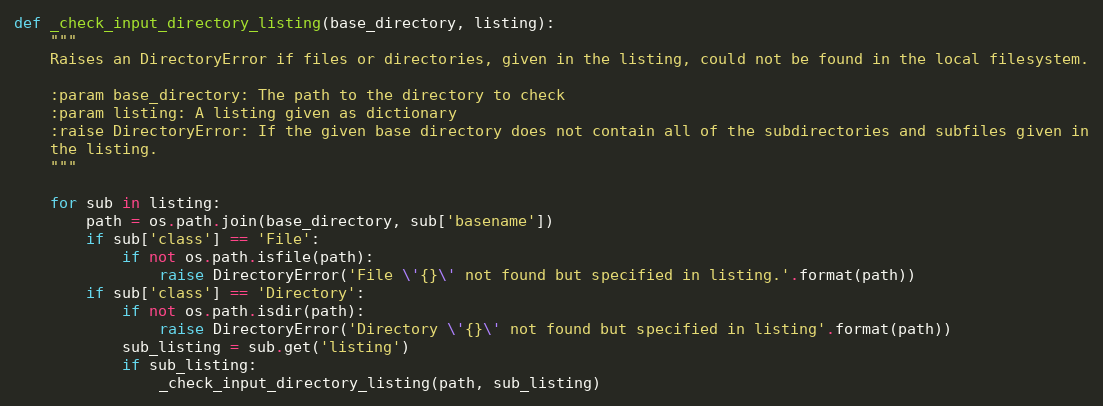
Language: Python
def _check_input_directory_listing(base_directory, listing):
    """
    Raises an DirectoryError if files or directories, given in the listing, could not be found in the local filesystem.

    :param base_directory: The path to the directory to check
    :param listing: A listing given as dictionary
    :raise DirectoryError: If the given base directory does not contain all of the subdirectories and subfiles given in
    the listing.
    """

    for sub in listing:
        path = os.path.join(base_directory, sub['basename'])
        if sub['class'] == 'File':
            if not os.path.isfile(path):
                raise DirectoryError('File \'{}\' not found but specified in listing.'.format(path))
        if sub['class'] == 'Directory':
            if not os.path.isdir(path):
                raise DirectoryError('Directory \'{}\' not found but specified in listing'.format(path))
            sub_listing = sub.get('listing')
            if sub_listing:
                _check_input_directory_listing(path, sub_listing)